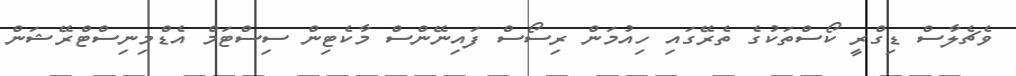
ވެޗެލާސް ޑިގްރީ ކޯސްތަކުގެ ތެރޭގައި ހިއުމަން ރިސޯސް ފައިނޭންސް މާކެޓިން ސިސްޓަމް އެޑްމިނިސްޓްރޭޝަން